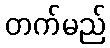
တက်မည်